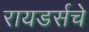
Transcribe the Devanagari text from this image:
रायडर्सचे